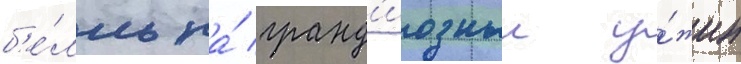
б'е́лль на́ гранд'иозныи у́жин